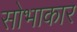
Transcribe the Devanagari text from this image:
सोभाकार